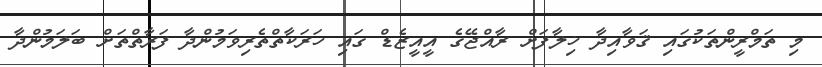
މި ތަމްރީންތަކުގައި ޤަވާއިދާ ޚިލާފަށް ރާއްޖޭގެ އީއީޒެޑް ގައި ހަރަކާތްތެރިވަމުންދާ ފަރާތްތަށް ބަލަމުންދާ